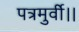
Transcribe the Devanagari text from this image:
पत्रमुर्वी।।